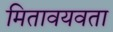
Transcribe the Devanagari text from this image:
मितावयवता